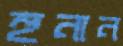
হুনান